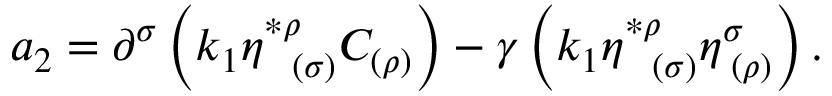
a _ { 2 } = \partial ^ { \sigma } \left( k _ { 1 } \eta _ { \; \; \; ( \sigma ) } ^ { * \rho } C _ { ( \rho ) } \right) - \gamma \left( k _ { 1 } \eta _ { \; \; \; ( \sigma ) } ^ { * \rho } \eta _ { \; ( \rho ) } ^ { \sigma } \right) .